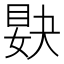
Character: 𥆸